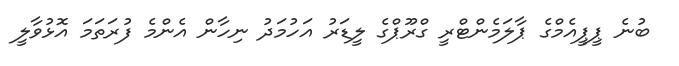
ބުނެ ޕީޕީއެމްގެ ޕާލަމެންޓްރީ ގްރޫޕްގެ ލީޑަރު އަހުމަދު ނިހާން އެންމެ ފުރަތަމަ އޮޅުވާލީ